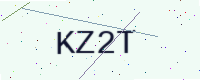
Text: KZ2T